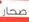
صحار